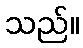
သည်။